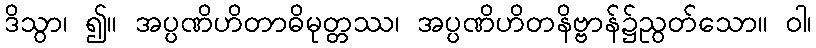
ဒိသွာ၊ ၍။ အပ္ပဏိဟိတာဓိမုတ္တဿ၊ အပ္ပဏိဟိတနိဗ္ဗာန်၌ညွတ်သော။ ဝါ၊